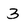
Character: 3